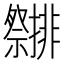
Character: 𮂤